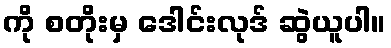
ကို စတိုးမှ ဒေါင်းလုဒ် ဆွဲယူပါ။